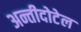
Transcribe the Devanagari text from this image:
अन्तीदोटेल